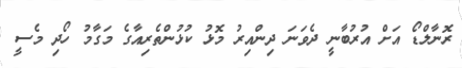
ރޮނާލްޑޯ އަށް އުރުބާނީ ދެވަނަ ދިންއިރު މޮޅު ކުޅުންތެރިއާގެ މަގާމު ހޯދި މެސީ